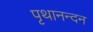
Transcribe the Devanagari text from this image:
पृथानन्दन